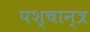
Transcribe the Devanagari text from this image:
पश्चान्त्र